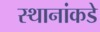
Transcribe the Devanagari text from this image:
स्थानांकडे